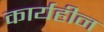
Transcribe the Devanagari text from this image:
कार्यहीन